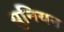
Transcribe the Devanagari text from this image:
य़ुनियन